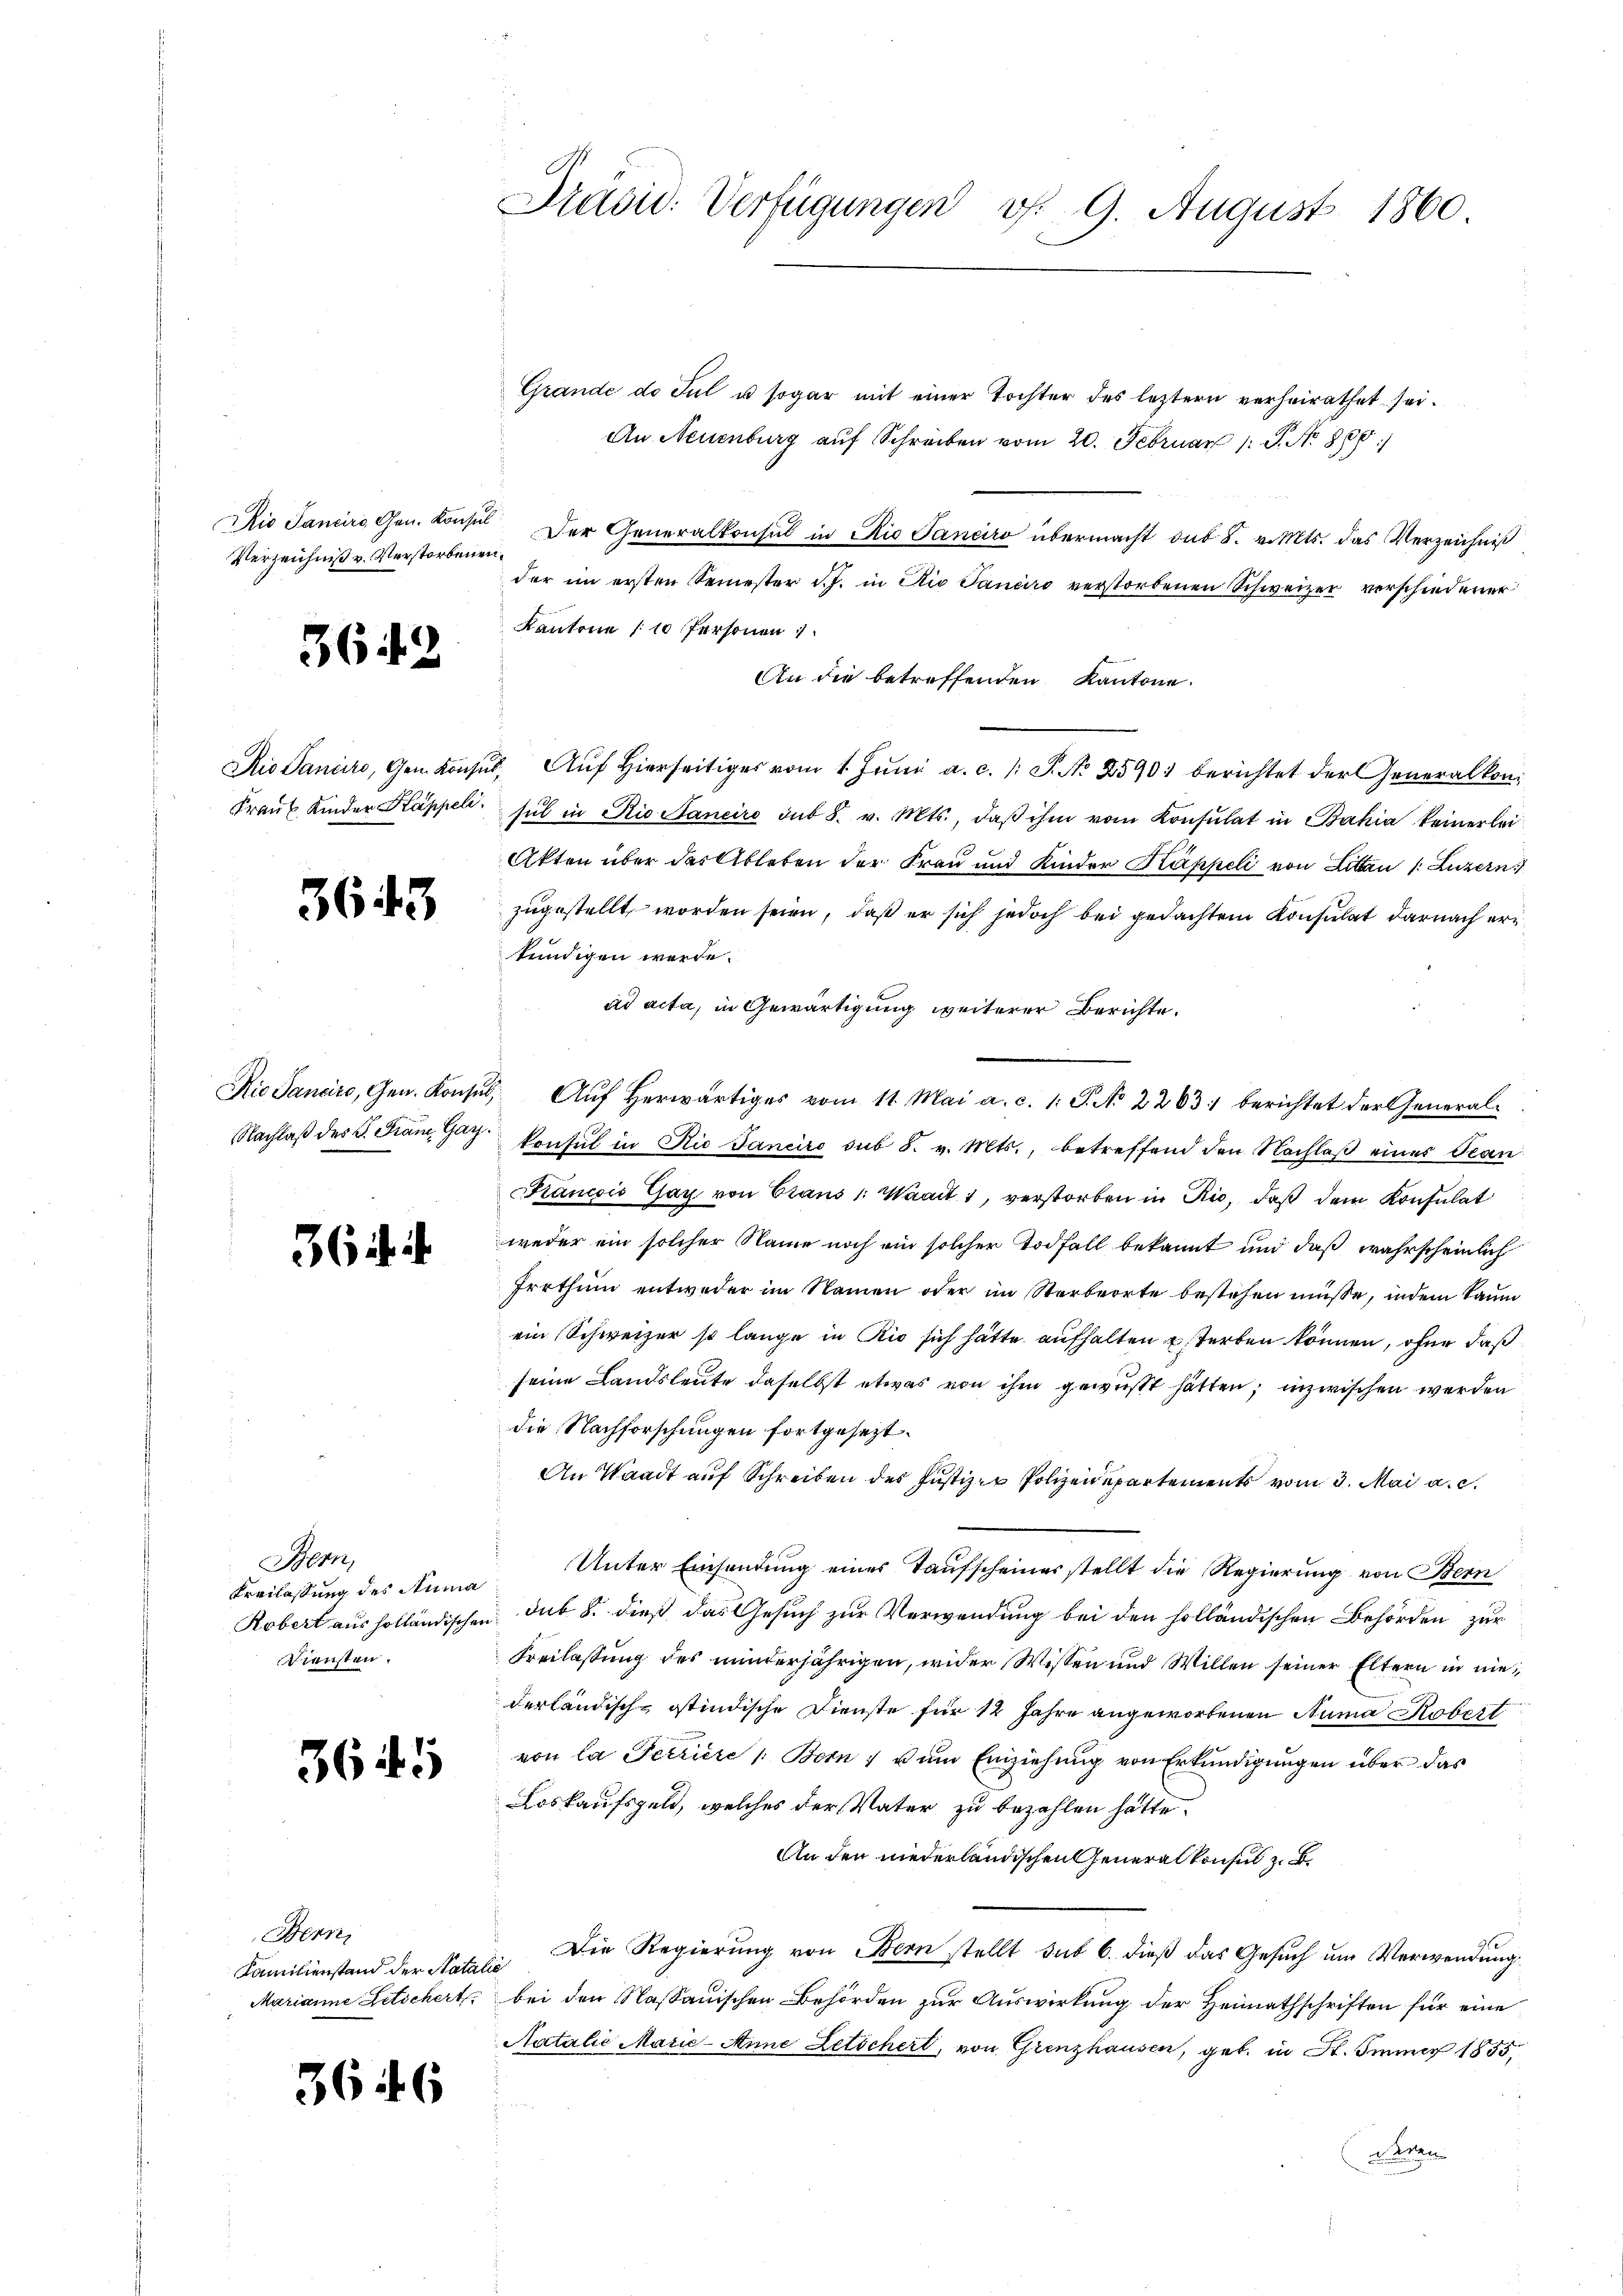
Drusid. Verfügungen v. 9. August 1860.

Grande de Jul u sogar mit einer Tochter des leztern verheirathet sei.
An Neuenburg auf Schreiben vom 20. Februar 1 S. N. 880)
Rio Sancirs Gen. Konsul der Generalkonsul in Rio Janeiro übermacht sub 8. v. Mts. das Verzeichniß
der im ersten Semester d. J. in die Janeiro verstorbenen Schweizer verschiedener
Kantone 10 Personen 1
An die betreffenden Kantone.
Rio Saniere, Gem. Konsŭl, Aŭf Hierseitig vom 1. Jŭni a. c. /: P. Nr. 2590 berichtet der Generalkon
Fraŭt Kinder Kappeli, sul in Rio Sancire sub 8. v. Mts., daβ ihm vom Konsulat in Bahia keinerlei¬
Akten über das Ableben der Frau und Kinder Kappeli von Litten 1. Luzern
zugestellt worden seien, daß er sich jedoch bei gedachtem Konsulat darnach erkundigen werde.
ad acta, in Gewärtigung weiterer Berichte.
Rio Sanaire, Gen. Konsul, Aŭf herwärtiges vom 11. Mai a. c. 1. J. No 2263) berichtet der General-
Nachlaß des S. Kam Gay. konsul in Rio Janeiro sub 8. v. Mts., betreffend den Nachlaß eines Stan
Kancois Gay von Bians 1: Waadt 1, verstorben in Rio, daß dem Konsulat
weder ein solcher Name noch ein solcher Todfall bekannt und daß wahrscheinlich
Irrthum entweder im Namen oder im Sterbeorte bestehen müsse, indem kaum
ein Schweizer so lange in Rio sich hätte aufhalten Esterben können, ohne daß
seine Landsleute daselbst etwas von ihm gewußt hätten; inzwischen werden
die Nachforschungen fortgesezt.
An Waadt auf Schreiben der Justiz- Polizeidepartements vom 3. Mai a. c.
Unter Einsendung eines Taufscheines stellt die Regierung von Bern
Robert aus holländischen sub 8. dieß das Gesuch zur Verwendung bei den holländischen Behörden zur
Freilassung des minderjährigen, wider Wissen und Willen seiner Eltern in niederländisch-östindische Dienste für 12 Jahre angeworbenen Numa Kobert
von la Petriere Bern, zum Einziehung von Erkundigungen über das
Loskaufsgeld, welches der Vater zu bezahlen hätte.
An den niederländischen Generalkonsul z. B.
Die Regierung von Bern stellt sub 6. dieß das Gesuch um Verwendung
Marianne Letschert, bei den Nassauischen Behörden zur Auswirkung der Heimathschriften für eine
Natalie Marie-Anne Letschert, von Grenzhausen, geb. in St. Immer 1855,
an

Verzeichniß v. Verstorbenen.

3642

3643

364.

Stern,
Freilassung des Ruma
Diensten.

3645

Bern
Familienstand der Natalie

3646